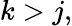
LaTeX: k>j,